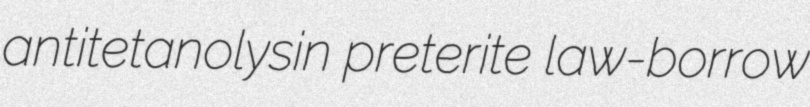
antitetanolysin preterite law-borrow